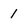
Character: 1